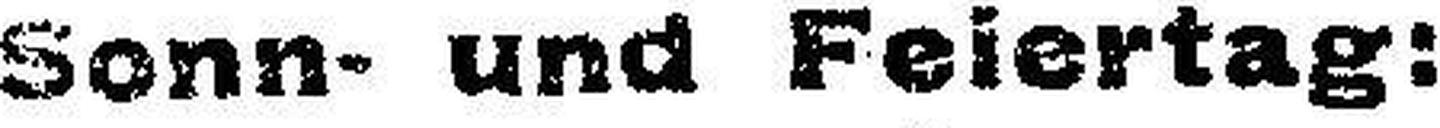
Sonn- und Feiertag: